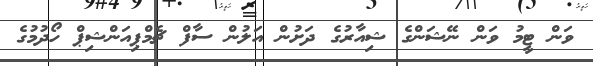
ވަން ޓީމު ވަން ނޭޝަންގެ ޝިއާރުގެ ދަށުން އަލުން ސާފް ޗެމްޕިއަންޝިޕް ހޯދުމުގެ